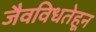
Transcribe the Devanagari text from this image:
जैवविधतेहून